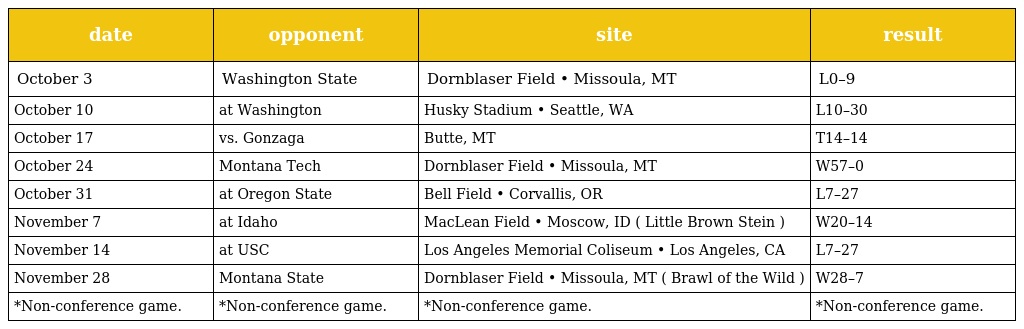
| date | opponent | site | result |
 | --- | --- | --- | --- |
 | October 3 | Washington State | Dornblaser Field • Missoula, MT | L0–9 |
 | October 10 | at Washington | Husky Stadium • Seattle, WA | L10–30 |
 | October 17 | vs. Gonzaga | Butte, MT | T14–14 |
 | October 24 | Montana Tech | Dornblaser Field • Missoula, MT | W57–0 |
 | October 31 | at Oregon State | Bell Field • Corvallis, OR | L7–27 |
 | November 7 | at Idaho | MacLean Field • Moscow, ID ( Little Brown Stein ) | W20–14 |
 | November 14 | at USC | Los Angeles Memorial Coliseum • Los Angeles, CA | L7–27 |
 | November 28 | Montana State | Dornblaser Field • Missoula, MT ( Brawl of the Wild ) | W28–7 |
 | *Non-conference game. | *Non-conference game. | *Non-conference game. | *Non-conference game. |